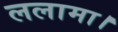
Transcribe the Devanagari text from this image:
ललामा।